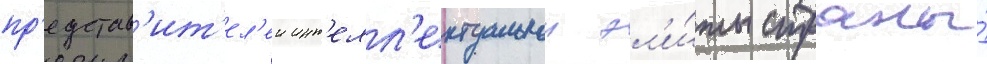
пр'едстав'ит'ел'еи инт'елл'ектуальнои эл'и́ты страны́